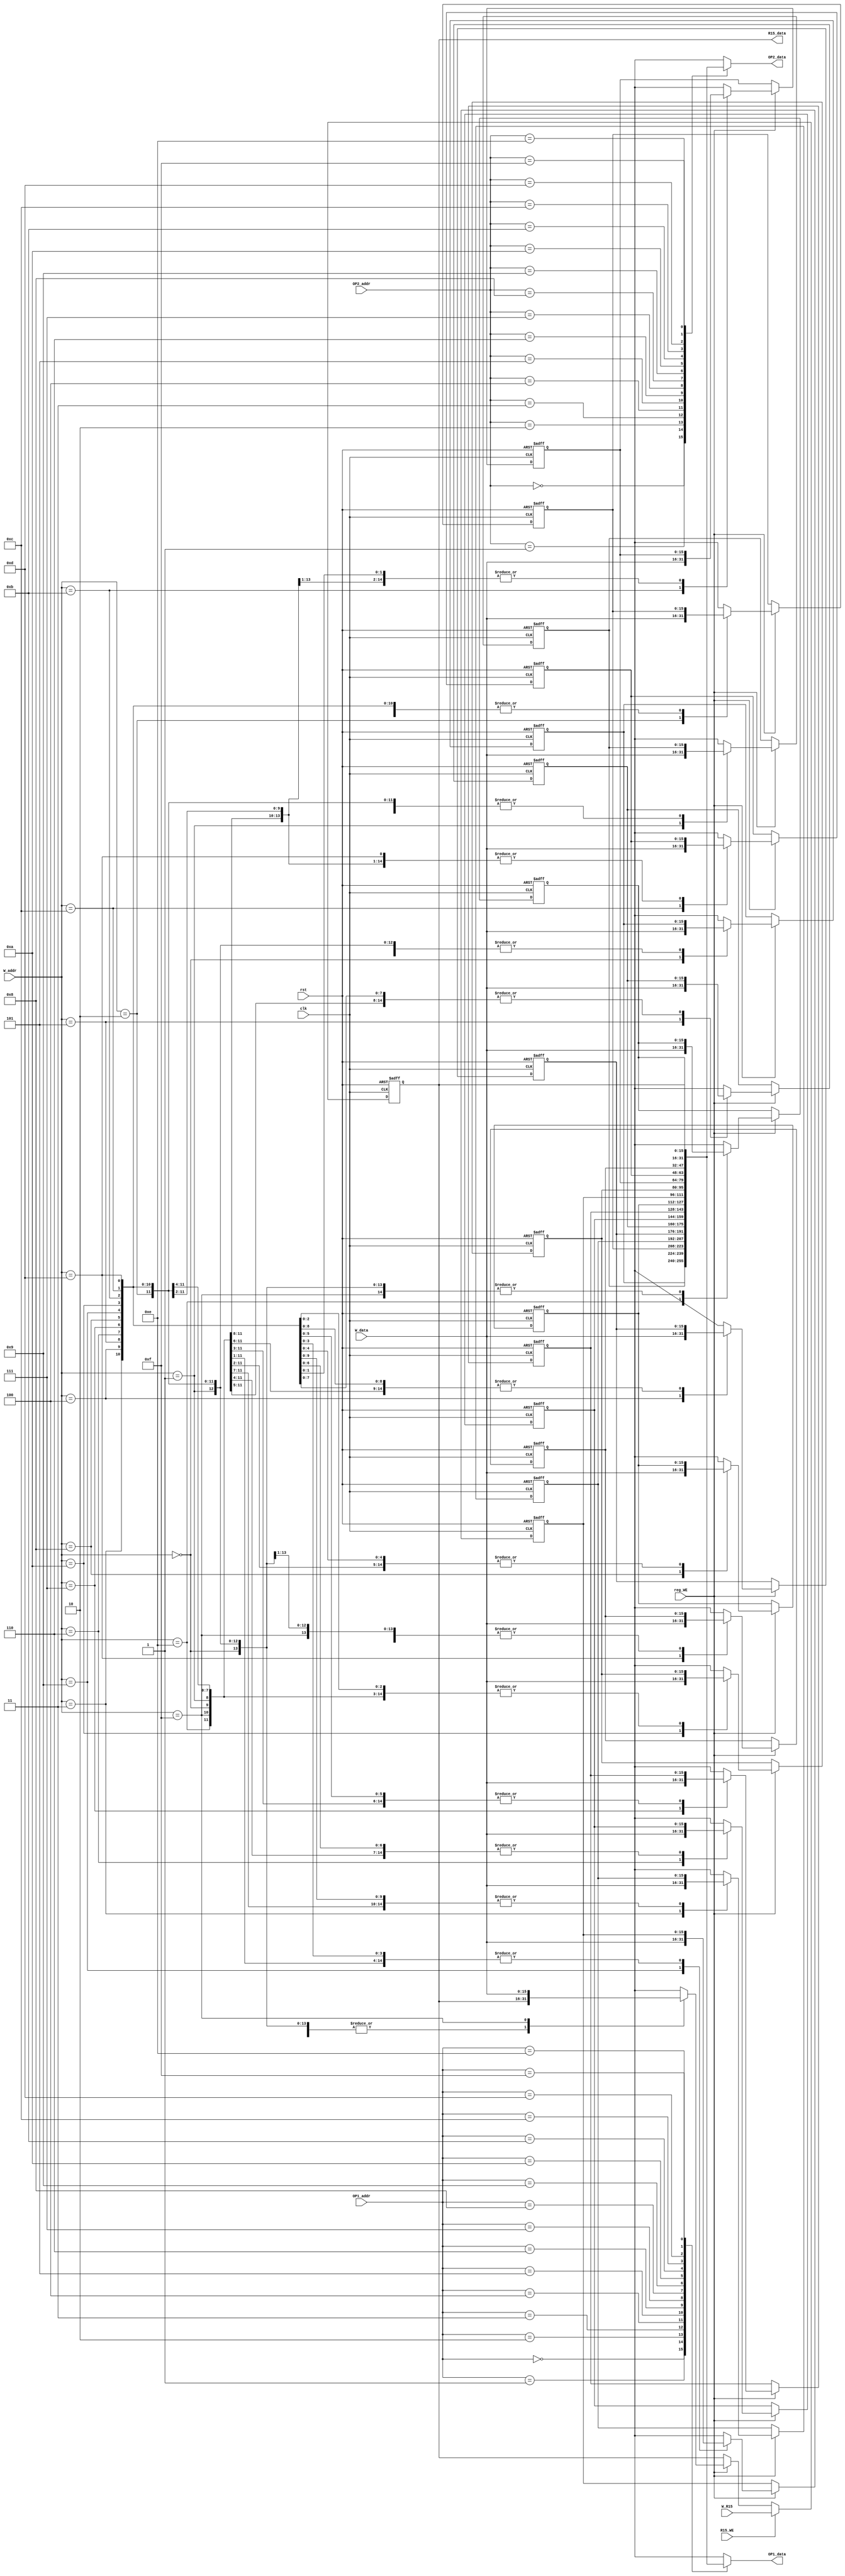
module REG_FILE( clk, rst, OP1_addr, OP2_addr, W_data, W_addr, W_R15, OP1_data, OP2_data, R15_data, reg_WE, R15_WE );
input reg_WE, R15_WE, clk, rst;
input [3:0] OP1_addr, OP2_addr, W_addr; 
input [15:0] W_data, W_R15;
output reg [15:0] OP1_data, OP2_data, R15_data;
reg [15:0] registers [15:0];

always@(posedge clk, negedge rst)
begin
	if( ~rst )
	begin
		registers[0] = 16'h0000;
		registers [ 4'h1 ] = 16'h1b18;
		registers [ 4'h2 ] = 16'h245b;
                registers [ 4'h3 ] = 16'hff0f;
                registers [ 4'h4 ] = 16'hf0ff;
                registers [ 4'h5 ] = 16'h0040;
                registers [ 4'h6 ] = 16'h6666;
                registers [ 4'h7 ] = 16'h00ff;
                registers [ 4'h8 ] = 16'hff88;
                registers [ 4'h9 ] = 16'h0000;
                registers [ 4'ha ] = 16'h0000;
                registers [ 4'hb ] = 16'h3099;
                registers [ 4'hc ] = 16'hcccc;
                registers [ 4'hd ] = 16'h0002;
                registers [ 4'he ] = 16'h0011;
                registers [ 4'hf ] = 16'h0000;
	end
	else
		begin
		if( reg_WE )
			registers[ W_addr ] = W_data;
	
		if( R15_WE )
			registers[ 4'hF ] = W_R15;
	end
end

always@(*)
begin
        OP1_data = registers[ OP1_addr ];
        OP2_data = registers[ OP2_addr ];
        R15_data = registers[ 4'hF ];
end
endmodule